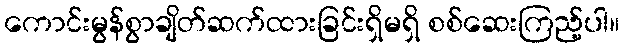
ကောင်းမွန်စွာချိတ်ဆက်ထားခြင်းရှိမရှိ စစ်ဆေးကြည့်ပါ။